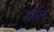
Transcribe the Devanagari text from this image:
हर्शोल्ट